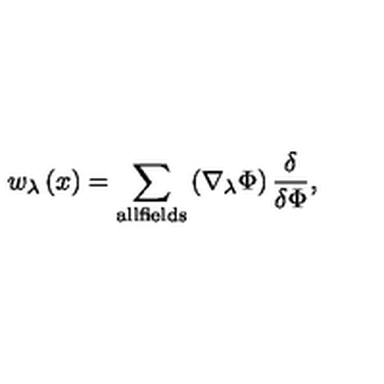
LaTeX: w _ { \lambda } \left( x \right) = \sum _ { \mathrm { a l l f i e l d s } } \left( \nabla _ { \lambda } \Phi \right) \frac \delta { \delta \Phi } ,